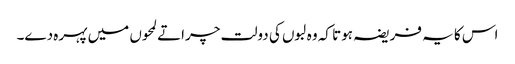
اس کا یہ فریضہ ہوتا کہ وہ لبوں کی دولت چراتے لمحوں میں پہرہ دے۔